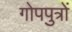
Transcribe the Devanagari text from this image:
गोपपुत्रों